Manual of the Civil Veterinary Department, Central Provinces and Berar
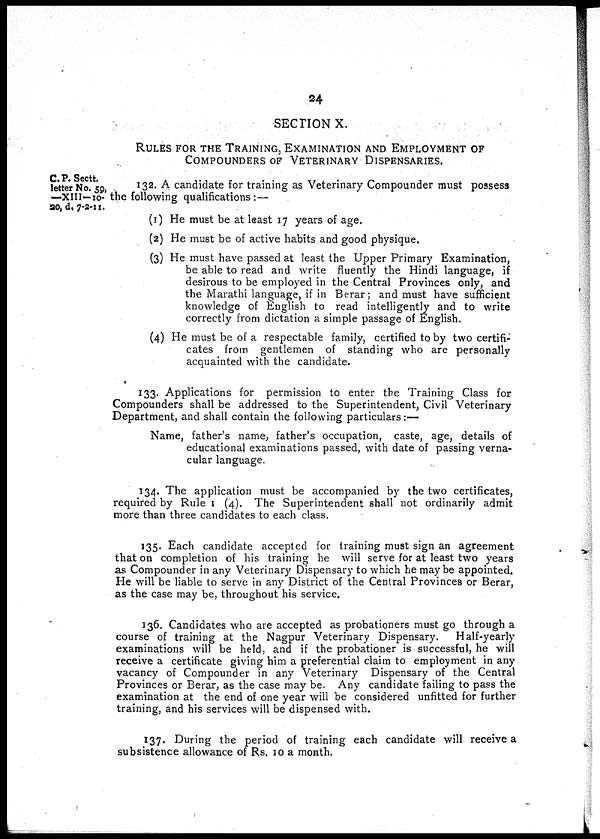
24
SECTION X.
RULES FOR THE TRAINING, EXAMINATION AND EMPLOYMENT OF
COMPOUNDERS OF VETERINARY DISPENSARIES.
C. P. Sectt.
letter No. 59,
—XIII-10-
20, d, 7-2-11.
132. A candidate for training as Veterinary Compounder must possess
the following qualifications:—
(1) He must be at least 17 years of age.
(2) He must be of active habits and good physique.
(3) He must have passed at least the Upper Primary Examination,
be able to read and write fluently the Hindi language, if
desirous to be employed in the Central Provinces only, and
the Marathi language, if in Berar; and must have sufficient
knowledge of English to read intelligently and to write
correctly from dictation a simple passage of English.
(4) He must be of a respectable family, certified to by two certifi-
cates from gentlemen of standing who are personally
acquainted with the candidate.
133. Applications for permission to enter the Training Class for
Compounders shall be addressed to the Superintendent, Civil Veterinary
Department, and shall contain the following particulars:—
Name, father's name, father's occupation, caste, age, details of
educational examinations passed, with date of passing verna-
cular language.
134. The application must be accompanied by the two certificates,
required by Rule 1 (4). The Superintendent shall not ordinarily admit
more than three candidates to each class.
135. Each candidate accepted for training must sign an agreement
that on completion of his training he will serve for at least two years
as Compounder in any Veterinary Dispensary to which he may be appointed.
He will be liable to serve in any District of the Central Provinces or Berar,
as the case may be, throughout his service.
136. Candidates who are accepted as probationers must go through a
course of training at the Nagpur Veterinary Dispensary.
Half-yearly
examinations will be held, and if the probationer is successful, he will
receive a certificate giving him a preferential claim to employment in any
vacancy of Compounder in any Veterinary Dispensary of the Central
Provinces or Berar, as the case may be. Any candidate failing to pass the
examination at the end of one year will be considered unfitted for further
training, and his services will be dispensed with.
137. During the period of training each candidate will receive a
subsistence allowance of Rs. 10 a month.